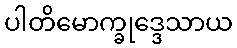
ပါတိမောက္ခုဒ္ဒေသာယ